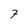
Character: 7